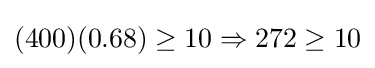
(400)(0.68)\geq 10\Rightarrow 272\geq 10